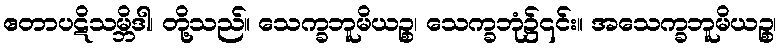
ဧတာပဋိသမ္ဘိဒါ၊ တို့သည်။ သေက္ခဘူမိယဉ္စ၊ သေက္ခဘုံ၌၎င်း။ အသေက္ခဘူမိယဉ္စ၊